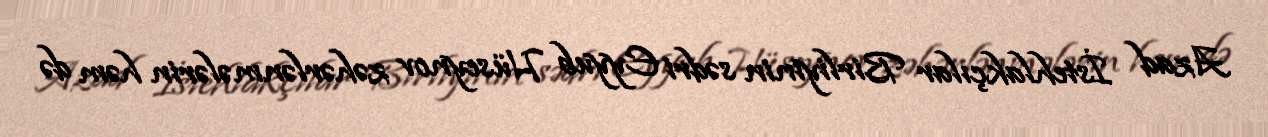
Azad İstehlakçılar Birliyinin sədri Eyyub Hüseynov zəhərlənmələrin həm də